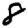
Digit: 8